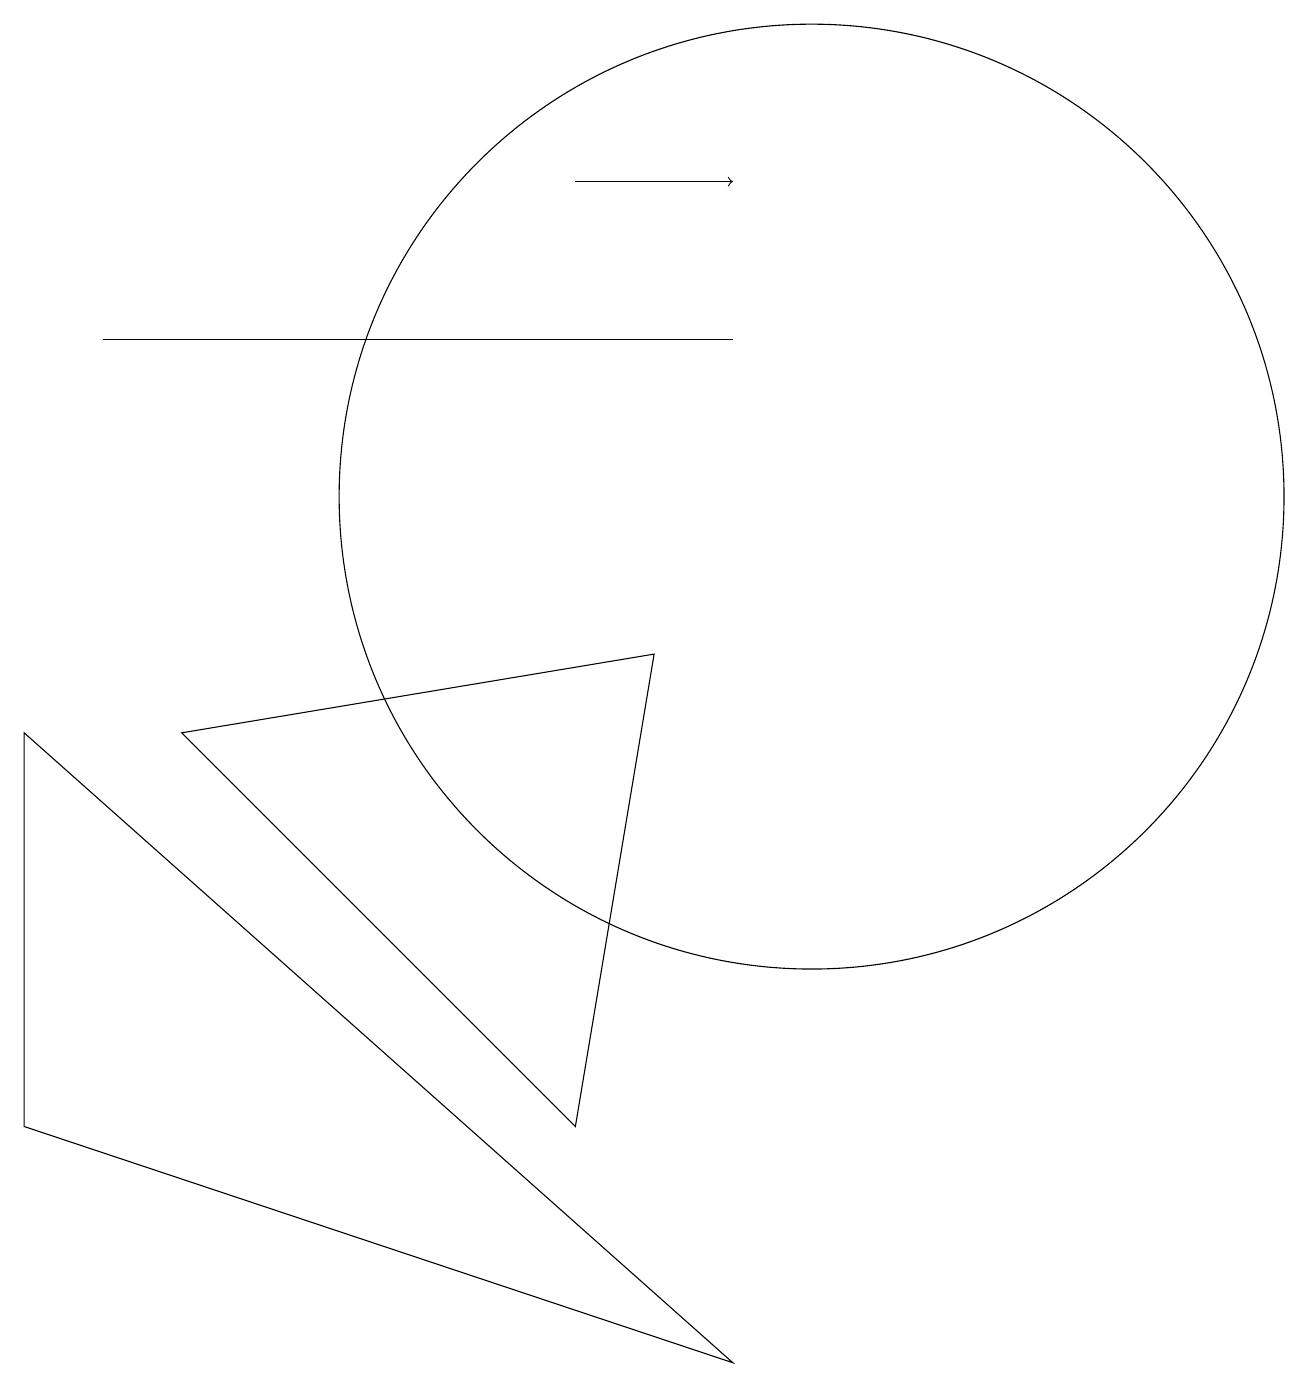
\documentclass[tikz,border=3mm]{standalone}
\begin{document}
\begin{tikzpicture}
\draw (9,0) -- (0,3) -- (0,8) -- cycle;
\draw (1,13) rectangle (9,13);
\draw (10,11) circle (6);
\draw (2,8) -- (8,9) -- (7,3) -- cycle;
\draw[->] (7,15) -- (9,15);
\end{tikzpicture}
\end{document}